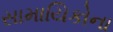
સામાયિકોના